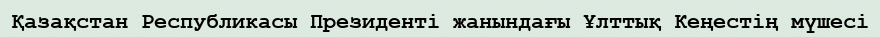
Қазақстан Республикасы Президенті жанындағы Ұлттық Кеңестің мүшесі